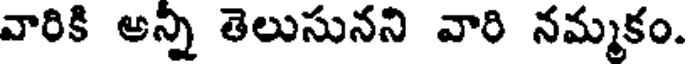
వారికి అన్ని తెలుసునని వారి నమ్మకం.